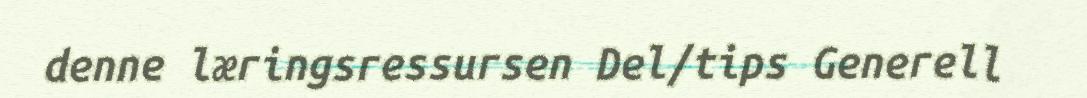
denne læringsressursen Del/tips Generell